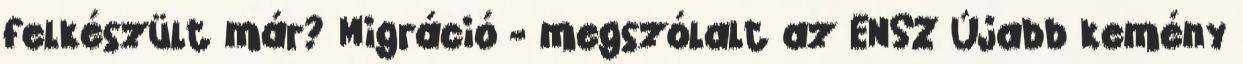
felkészült már? Migráció - megszólalt az ENSZ Újabb kemény